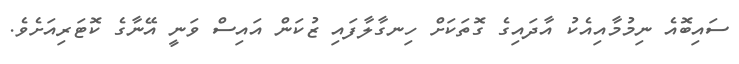
ސައިބޮއެ ނިމުމާއިއެކު އާދައިގެ ގޮތަކަށް ހިނގާލާފައި ޒުކަން އައިސް ވަނީ އޭނާގެ ކޮޓަރިއަށެވެ.